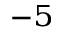
^ { - 5 }